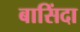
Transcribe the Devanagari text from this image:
बासिंदा